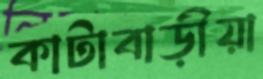
কাটাবাড়ীয়া